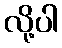
လို့ပါ